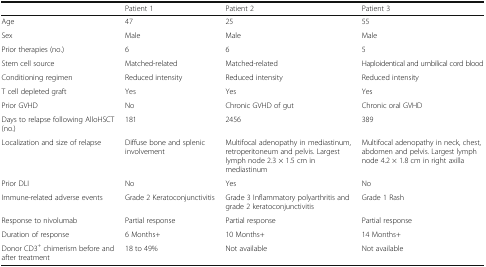
|  | Patient 1 | Patient 2 | Patient 3 |
 | --- | --- | --- | --- |
 | Age | 47 | 25 | 55 |
 | Sex | Male | Male | Male |
 | Prior therapies (no.) | 6 | 6 | 5 |
 | Stem cell source | Matched-related | Matched-related | Haploidentical and umbilical cord blood |
 | Conditioning regimen | Reduced intensity | Reduced intensity | Reduced intensity |
 | T cell depleted graft | Yes | Yes | Yes |
 | Prior GVHD | No | Chronic GVHD of gut | Chronic oral GVHD |
 | Days to relapse following AlloHSCT (no.) | 181 | 2456 | 389 |
 | Localization and size of relapse | Diffuse bone and splenic involvement | Multifocal adenopathy in mediastinum, retroperitoneum and pelvis. Largest lymph node 2.3 × 1.5 cm in mediastinum | Multifocal adenopathy in neck, chest, abdomen and pelvis. Largest lymph node 4.2 × 1.8 cm in right axilla |
 | Prior DLI | No | Yes | No |
 | Immune-related adverse events | Grade 2 Keratoconjunctivitis | Grade 3 Inflammatory polyarthritis and grade 2 keratoconjunctivitis | Grade 1 Rash |
 | Response to nivolumab | Partial response | Partial response | Partial response |
 | Duration of response | 6 Months+ | 10 Months+ | 14 Months+ |
 | Donor CD3+ chimerism before and after treatment | 18 to 49% | Not available | Not available |